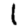
Digit: 1